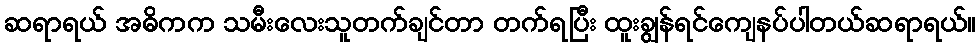
ဆရာရယ် အဓိကက သမီးလေးသူတက်ချင်တာ တက်ရပြီး ထူးချွန်ရင်ကျေနပ်ပါတယ်ဆရာရယ်။